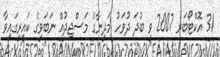
31 އޮކްޓޯބަރ 2007 ވީ ބުދަ ދުވަހު މަދީނާގެ މަސްޖިދުއް ނަބަވީގެ ކައިރީގައިވާ